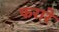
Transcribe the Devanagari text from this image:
फरारे